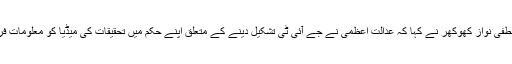
ایک بیان میں سینیٹر مصطفی نواز کھوکھر نے کہا کہ عدالت اعظمیٰ نے جے آئی ٹی تشکیل دینے کے متعلق اپنے حکم میں تحقیقات کی میڈیا کو معلومات فراہم کرنے سے روکا تھا۔